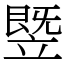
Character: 䇒